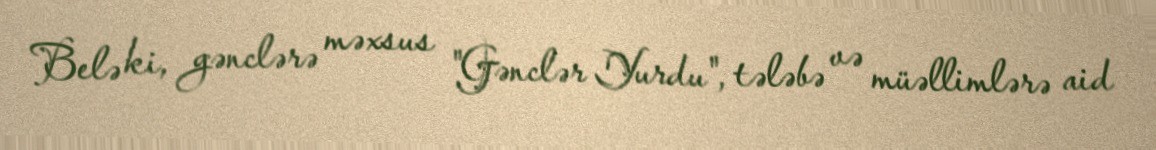
Belə ki, gənclərə məxsus "Gənclər Yurdu", tələbə və müəllimlərə aid